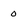
Character: 0